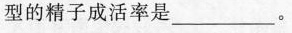
型的精子成活率是___。